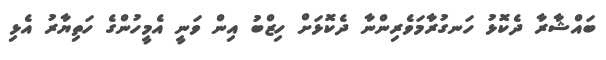
ބައްޝާރާ ދެކޮޅު ހަނގުރާމަވެރިންނާ ދެކޮޅަށް ހިޒްބު އިން ވަނީ އެމީހުންގެ ހަތިޔާރު އެޅި